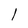
Character: l